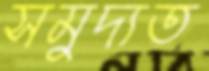
সমুদ্যত